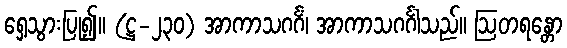
ရှေ့သွားပြု၍။ (ဋ္ဌ-၂၃၀) အာကာသဂင်္ဂံ၊ အာကာသဂင်္ဂါသည်။ ဩတရန္တော